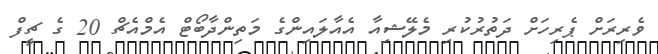
ވެރިރަށް ޕެރިހަށް ދަތުރުކުރި މެލޭޝިއާ އެއާލައިންގެ މަތިންދާބޯޓް އެމްއެޗް 20 ގެ ޗީފް